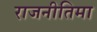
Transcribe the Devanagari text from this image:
राजनीतिमा